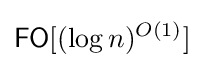
{\mathsf {FO}}[(\log n)^{O(1)}]